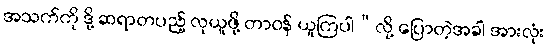
အသက်ကို ဒို့ ဆရာတပည့် လုယူဖို့ တာဝန် ယူကြပါ”လို့ ပြောတဲ့အခါ အားလုံး